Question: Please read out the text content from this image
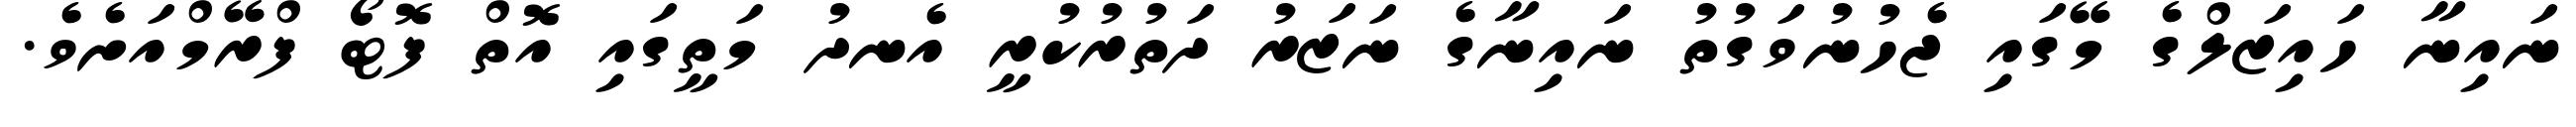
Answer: ނައިނާ ހައިޒަލްގެ މޭގައި ޖެހުނުވަގުތު ނައިނާގެ ނަޒަރު ދަތުރުކުރީ އެނދު މަތީގައި އޮތް ފޮޓޯ ފްރޭމްއަށެވެ.